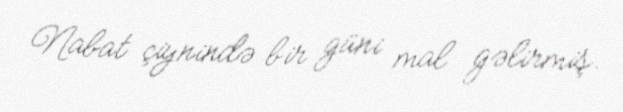
Nabat çiynində bir güni mal gəlirmiş.